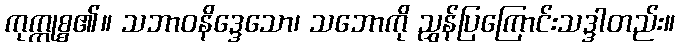
ကုက္ကုစ္စ၏။ သဘာဝနိဒ္ဒေသော၊ သဘောကို ညွှန်ပြကြောင်းသဒ္ဒါတည်း။